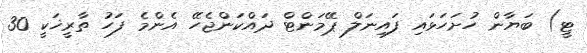
ޓީ) ބަޔާން ހުށަހަޅައި ފައިނަލް ޕޭމަންޓް ދައްކަންޖެހޭ އެންމެ ފަހު ތާރީޚަކީ 30